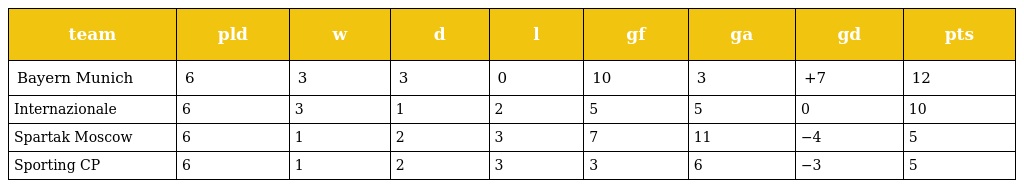
| team | pld | w | d | l | gf | ga | gd | pts |
 | --- | --- | --- | --- | --- | --- | --- | --- | --- |
 | Bayern Munich | 6 | 3 | 3 | 0 | 10 | 3 | +7 | 12 |
 | Internazionale | 6 | 3 | 1 | 2 | 5 | 5 | 0 | 10 |
 | Spartak Moscow | 6 | 1 | 2 | 3 | 7 | 11 | −4 | 5 |
 | Sporting CP | 6 | 1 | 2 | 3 | 3 | 6 | −3 | 5 |